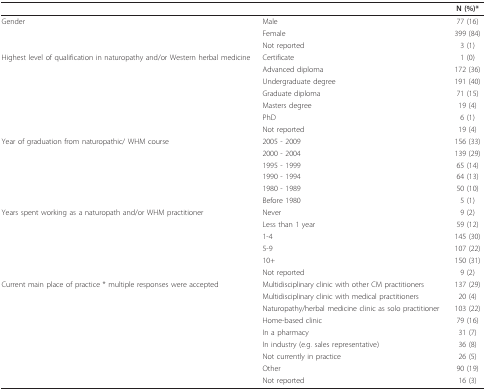
<table><thead><tr><td colspan="2"></td><td><b>N (%)* </b></td></tr></thead><tbody><tr><td>Gender</td><td>Male</td><td>77 (16)</td></tr><tr><td></td><td>Female</td><td>399 (84)</td></tr><tr><td></td><td>Not reported</td><td>3 (1)</td></tr><tr><td>Highest level of qualification in naturopathy and/or Western herbal medicine</td><td>Certificate</td><td>1 (0)</td></tr><tr><td></td><td>Advanced diploma</td><td>172 (36)</td></tr><tr><td></td><td>Undergraduate degree</td><td>191 (40)</td></tr><tr><td></td><td>Graduate diploma</td><td>71 (15)</td></tr><tr><td></td><td>Masters degree</td><td>19 (4)</td></tr><tr><td></td><td>PhD</td><td>6 (1)</td></tr><tr><td></td><td>Not reported</td><td>19 (4)</td></tr><tr><td>Year of graduation from naturopathic/ WHM course</td><td>2005 - 2009</td><td>156 (33)</td></tr><tr><td></td><td>2000 - 2004</td><td>139 (29)</td></tr><tr><td></td><td>1995 - 1999</td><td>65 (14)</td></tr><tr><td></td><td>1990 - 1994</td><td>64 (13)</td></tr><tr><td></td><td>1980 - 1989</td><td>50 (10)</td></tr><tr><td></td><td>Before 1980</td><td>5 (1)</td></tr><tr><td>Years spent working as a naturopath and/or WHM practitioner</td><td>Never</td><td>9 (2)</td></tr><tr><td></td><td>Less than 1 year</td><td>59 (12)</td></tr><tr><td></td><td>1-4</td><td>145 (30)</td></tr><tr><td></td><td>5-9</td><td>107 (22)</td></tr><tr><td></td><td>10+</td><td>150 (31)</td></tr><tr><td></td><td>Not reported</td><td>9 (2)</td></tr><tr><td>Current main place of practice * multiple responses were accepted</td><td>Multidisciplinary clinic with other CM practitioners</td><td>137 (29)</td></tr><tr><td></td><td>Multidisciplinary clinic with medical practitioners</td><td>20 (4)</td></tr><tr><td></td><td>Naturopathy/herbal medicine clinic as solo practitioner</td><td>103 (22)</td></tr><tr><td></td><td>Home-based clinic</td><td>79 (16)</td></tr><tr><td></td><td>In a pharmacy</td><td>31 (7)</td></tr><tr><td></td><td>In industry (e.g. sales representative)</td><td>36 (8)</td></tr><tr><td></td><td>Not currently in practice</td><td>26 (5)</td></tr><tr><td></td><td>Other</td><td>90 (19)</td></tr><tr><td></td><td>Not reported</td><td>16 (3)</td></tr></tbody></table>